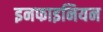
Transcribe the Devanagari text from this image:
इनफाइनियन